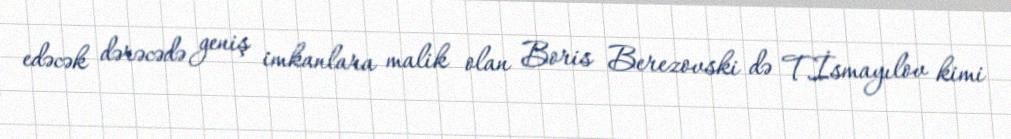
edəcək dərəcədə geniş imkanlara malik olan Boris Berezovski də T.İsmayılov kimi